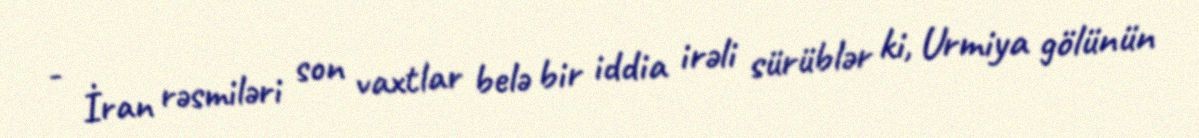
- İran rəsmiləri son vaxtlar belə bir iddia irəli sürüblər ki, Urmiya gölünün